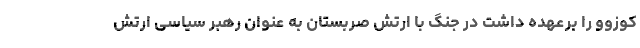
کوزوو را برعهده داشت در جنگ با ارتش صربستان به عنوان رهبر سیاسی ارتش